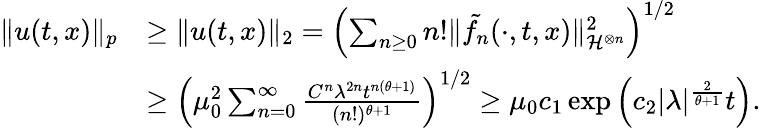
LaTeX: \begin{array}{rl}{\Vert u(t,x)\Vert_{p}}&{\ge\Vert u(t,x)\Vert_{2}=\left(\sum_{n\ge 0}n!\Vert\tilde{f_{n}}(\cdot,t,x)\Vert_{\mathcal{H}^{\otimes n}}^{2}\right)^{1/2}}\\ &{\ge\left(\mu_{0}^{2}\sum_{n=0}^{\infty}\frac{C^{n}\lambda^{2n}t^{n(\theta+1)}}{(n!)^{\theta+1}}\right)^{1/2}\ge\mu_{0}c_{1}\exp\left(c_{2}|\lambda|^{\frac{2}{\theta+1}}t\right).}\end{array}